Civil Veterinary Department Bihar & Orissa reports 1911-21 - 1911-1921
Year: 1911
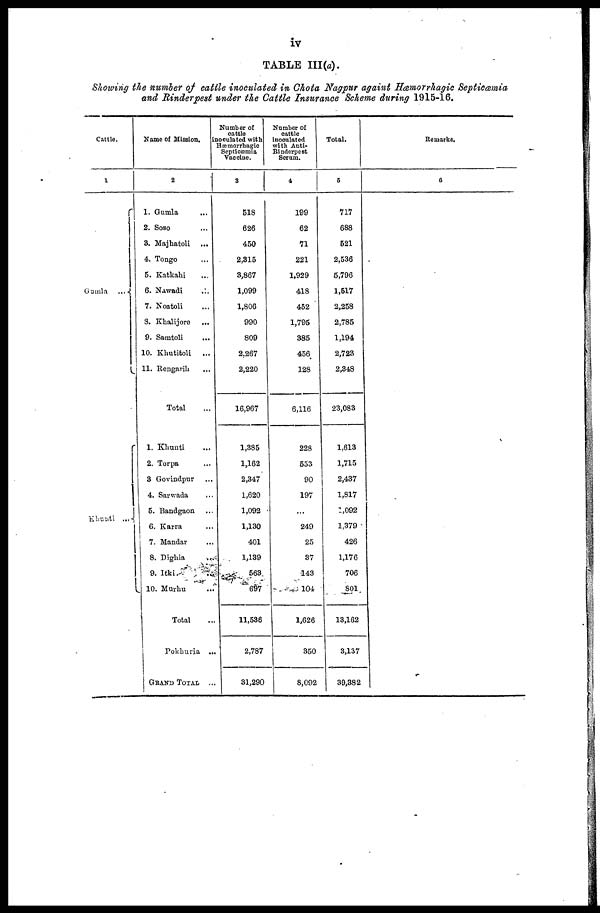
iv
TABLE III(a).
Showing the number of cattle inoculated in Chota Nagpur againt Hæmorrhagic Septicæmia
and Rinderpest under the Cattle Insurance Scheme during 1915-16.
Cattle.
1
Gamla
...
Khunti ...
Name of Mission.
2
1. Gumla ...
2. Soso ...
3. Majhatoli ...
4. Tongo ...
5. Katkahi ...
6. Nawadi
...
7. Noatoli ...
8. Khalijore
...
9. Samtoli ...
10. Khutitoli ...
11. Rengarih ...
Total ...
1. Khunti ...
2. Torpa ...
3 Govindpur ...
4. Sarwada ...
5. Bandgaon ...
6. Karra ...
7.
Mandar ...
8. Dighia ...
9. Itki ...
10. Murhu ...
Total ...
Pokhuria ...
GRAND
TOTAL
...
Number of
cattle
inoculated with
Hæmorrhagic
Septicæmia
Vaccine.
3
518
626
450
2,315
3,867
1,099
1,806
990
809
2,267
2,220
16,967
1,385
1,162
2,347
1,620
1,092
1,130
401
1,139
563
697
11,536
2,787
31,290
Number of
cattle
inoculated
with Anti-
Rinderpest
Serum.
4
199
62
71
221
1,929
418
452
1,795
385
456
128
6,116
228
553
90
197
...
249
25
37
143
104
1,626
350
8,092
Total.
5
717
688
521
2,536
5,796
1,517
2,258
2,785
1,194
2,723
2,348
23,083
1,613
1,715
2,437
1,817
1,092
1,379
426
1,176
706
801
13,162
3,137
39,382
Remarks.
6